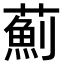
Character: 薊